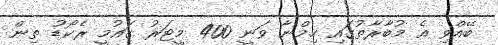
ބޭއްވި އެ މުބާރާތުގައި ހިމްނާ ވަނީ 400 މީޓަރު ގައުމީ ރެކޯޑު ތިން